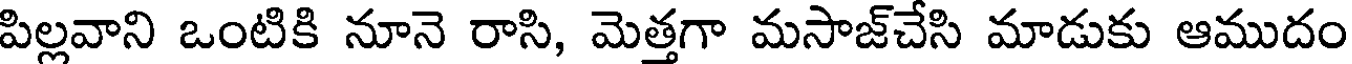
పిల్లవాని ఒంటికి నూనె రాసి, మెత్తగా మసాజ్చేసి మాడుకు ఆముదం